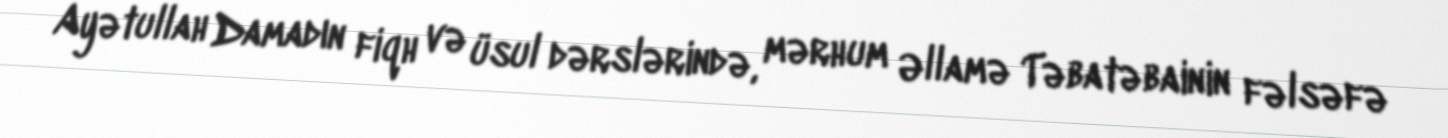
Ayətullah Damadın fiqh və üsul dərslərində, mərhum Əllamə Təbatəbainin fəlsəfə